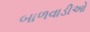
બાળવાડીઓ